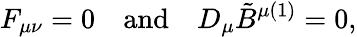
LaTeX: F_{\mu\nu}=0\quad\mathrm{and}\quad D_{\mu}\tilde{B}^{\mu(1)}=0,